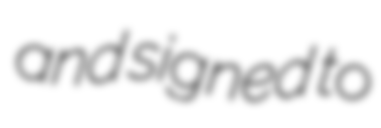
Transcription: and signed to